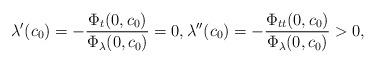
LaTeX: \begin{align*}\lambda'(c_0) = - \frac{\Phi_t (0,c_0)}{\Phi_\lambda (0,c_0)} = 0, \lambda''(c_0) = -\frac{\Phi_{tt} (0,c_0)}{\Phi_\lambda (0,c_0)} >0, \end{align*}